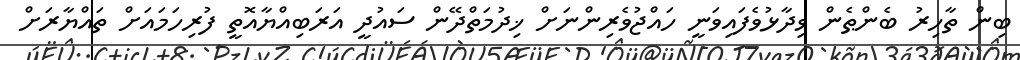
ބިން ތާހިރު ބެންޠެން ވިދާޅުވެފައިވަނީ ހައްޖުވެރިންނަށް ޚިދުމަތްދޭން ސައުދީ އަރަބިއްޔާއޮތީ ފުރިހަމައަށް ތައްޔާރަށް